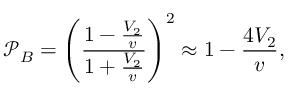
\mathcal { P } _ { B } = \Bigg ( \frac { 1 - \frac { V _ { 2 } } { v } } { 1 + \frac { V _ { 2 } } { v } } \Bigg ) ^ { 2 } \approx 1 - \frac { 4 V _ { 2 } } { v } ,